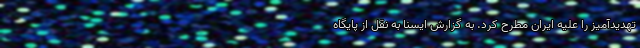
تهدیدآمیز را علیه ایران مطرح کرد. به گزارش ایسنا به نقل از پایگاه